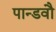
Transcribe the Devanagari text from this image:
पान्डवौ